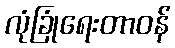
လုံခြုံရေးတာဝန်